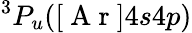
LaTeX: ^3P_{u}([\mathrm{~A~r~}]4s4p)